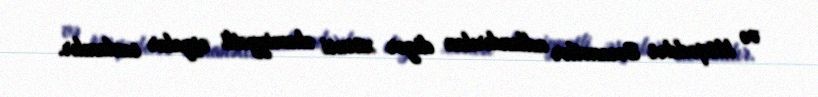
və Müqəddəs Əmanətlər adlandırılan digər xüsusi əhəmiyyətli əşyalar saxlanılır.